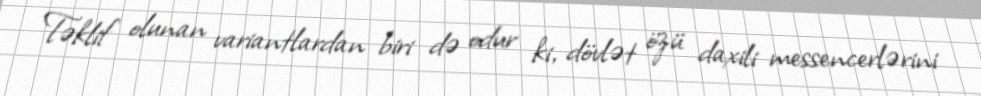
Təklif olunan variantlardan biri də odur ki, dövlət özü daxili messencerlərini